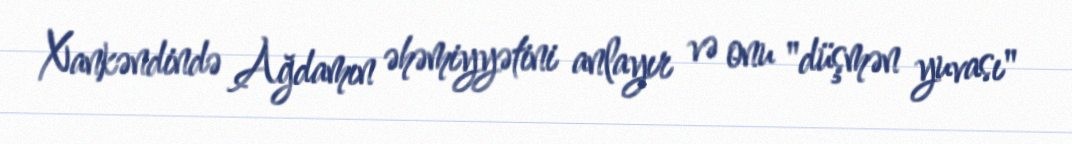
Xankəndində Ağdamın əhəmiyyətini anlayır və onu "düşmən yuvası"